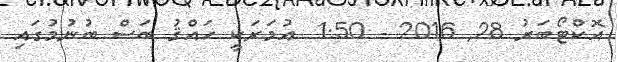
އޮކްޓޯބަރު 28